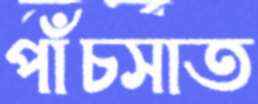
পাঁচসাত